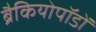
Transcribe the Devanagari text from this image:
ब्रैकियोपॉडों